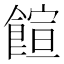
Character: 𩝑